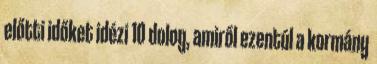
előtti időket idézi 10 dolog, amiről ezentúl a kormány